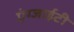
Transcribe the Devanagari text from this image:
एंग्जाईटी